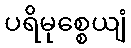
ပရိမုစ္စေယျံ